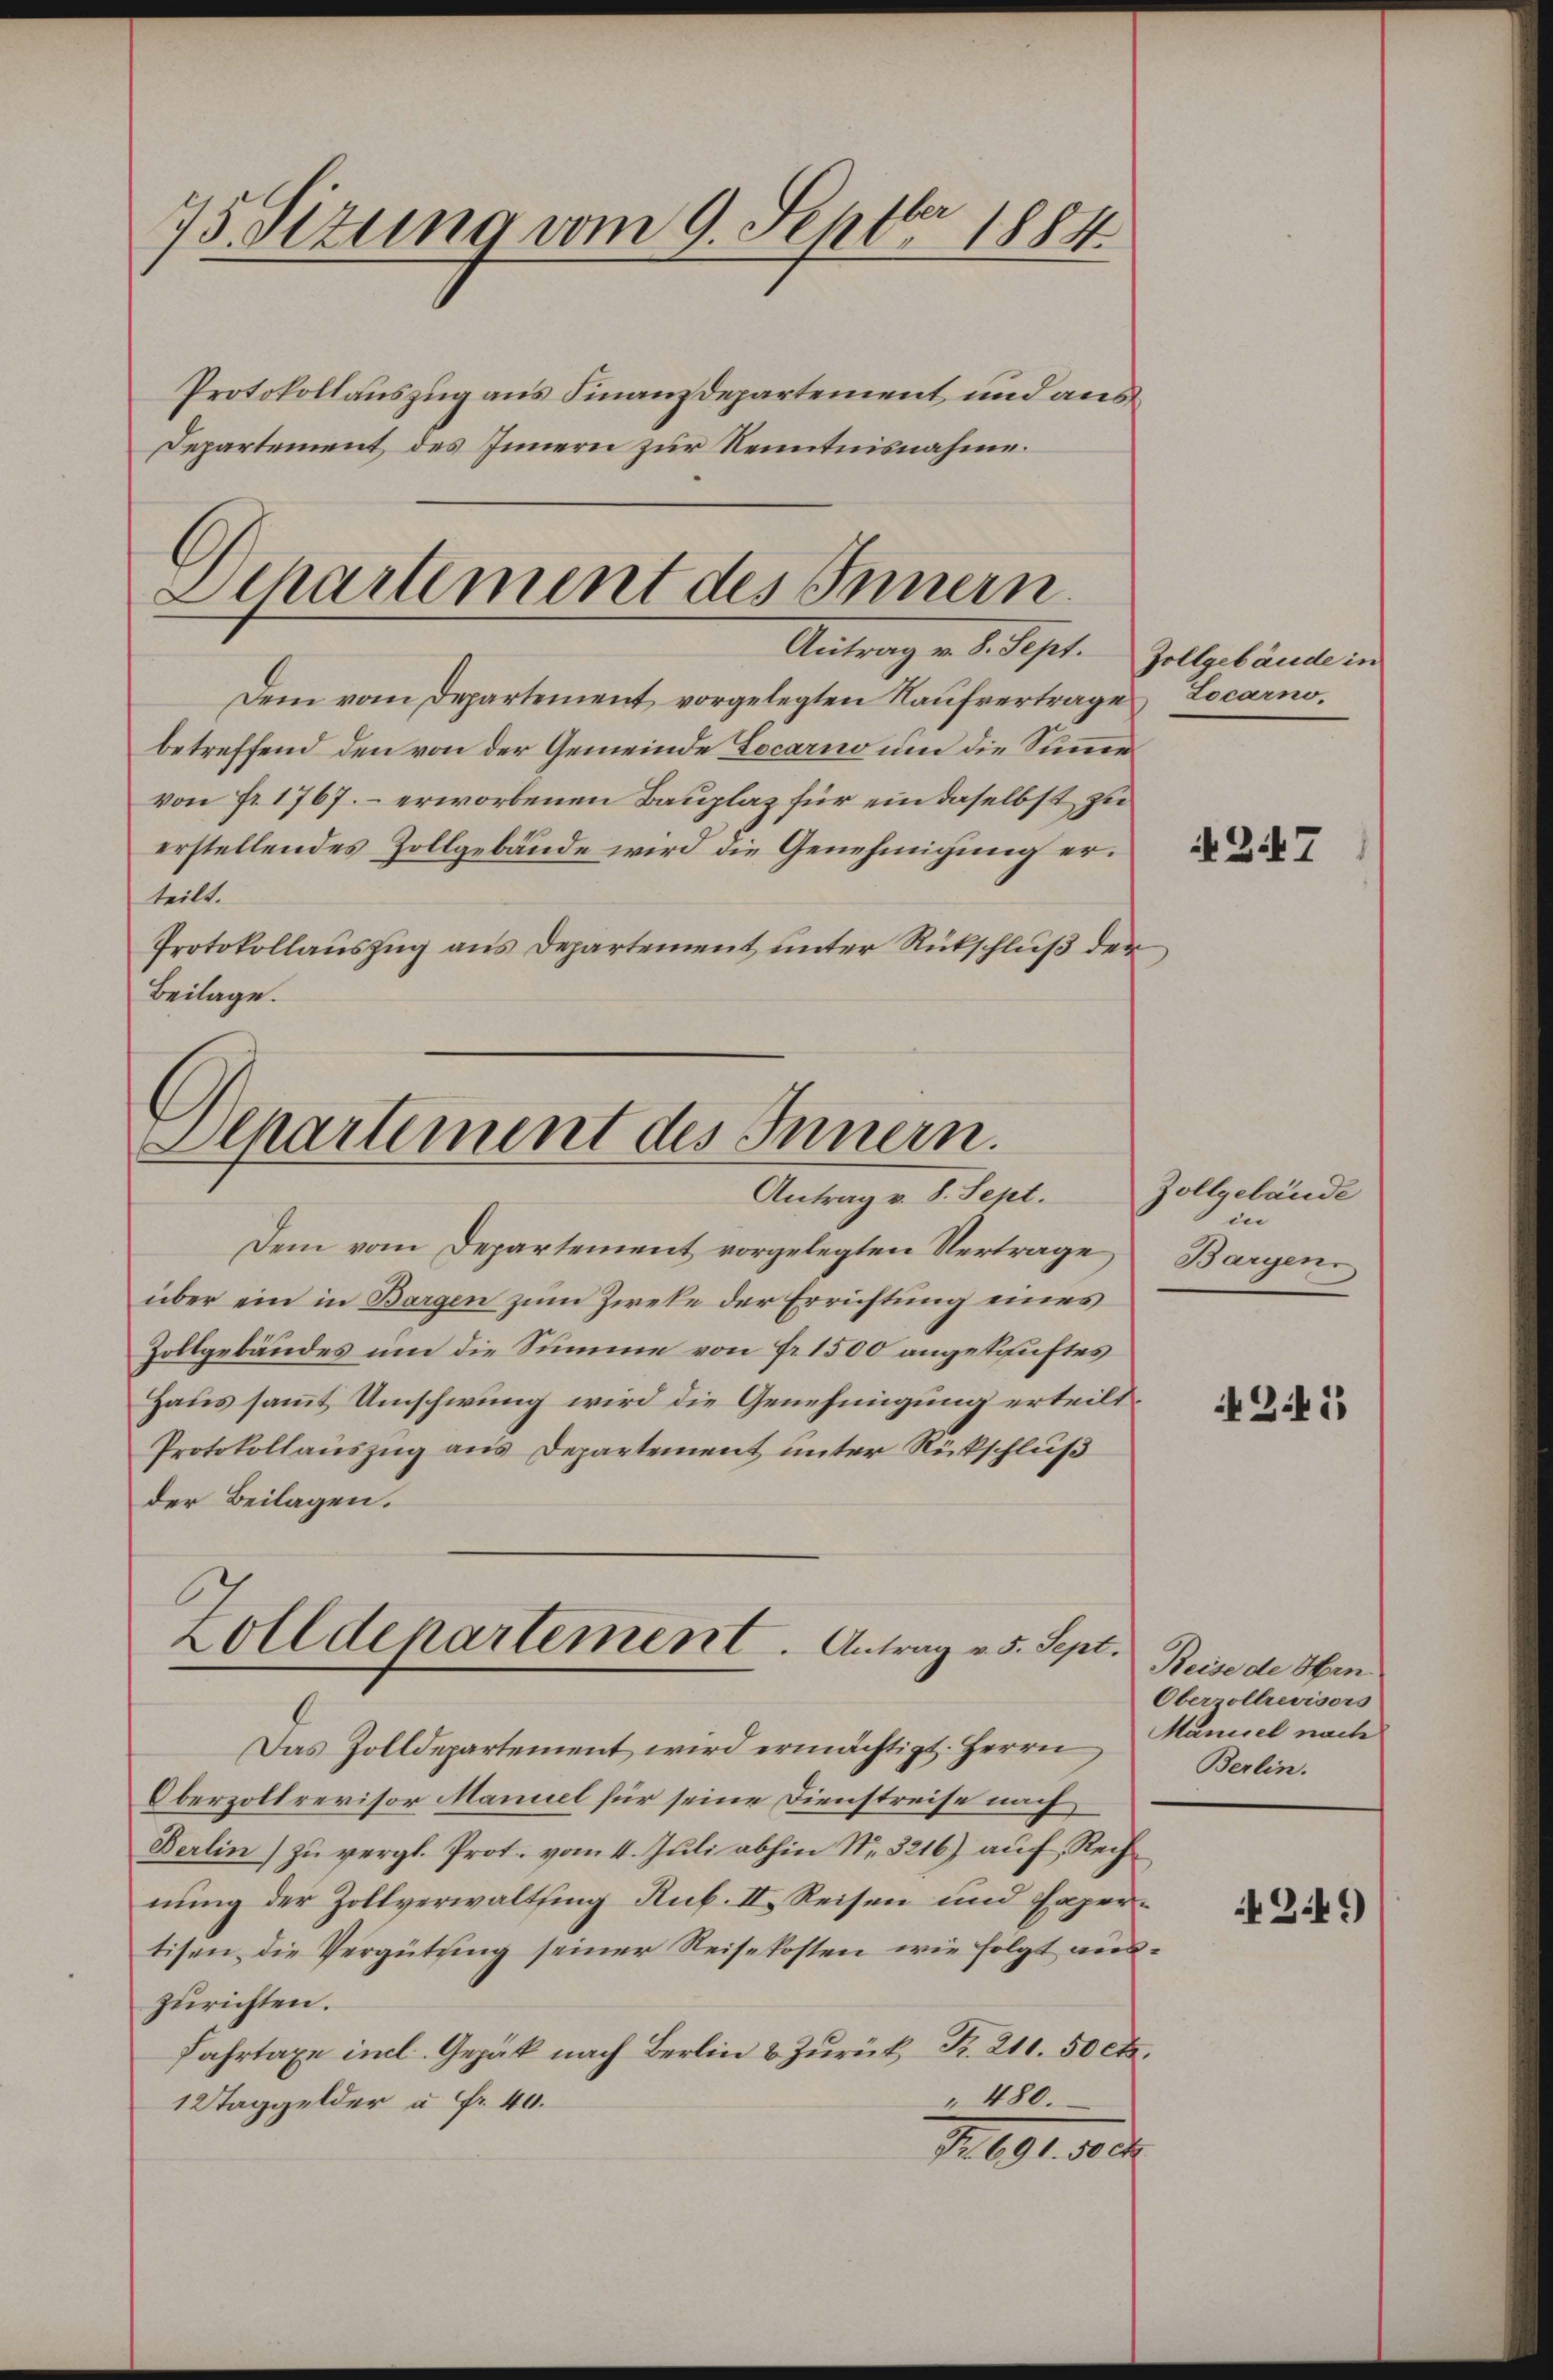
75. Sizung vom 9. Septbr 1884
Protokollauszug aus Finanzdepartement und aus¬

Departement des Innern zur Kenntnisnahme.

Departement des Innern.
Antrag v. 8. Sept. Zollgebäude in

Dem vom Departement vorgelegten Kaufvertrage
betreffend den von der Gemeinde Locarno um die Summe
von fr. 1767. – erworbenen Bauplaz für ein daselbst zu
erstellendes Zollgebäude wird die Genehmigung erteilt.
Protokollauszug aus Departement unter Rückschluß der
Beilage.

Alpartement des Innern.
Antrag v. 8. Sept.

Dem vom Departement vorgelegten Vertrage
über ein in Bargen zum Zweke der Errichtung eines
Zollgebäudes um die Summe von Fr. 1500 angetriftes
Haus samt Umschwung wird die Genehmigung erteilt.
Protokollauszug aus Departement unter Rückschluß
der Beilagen.
Das Zolldepartement wird ermächtigt. Herrn
Oberzollrevisor Maniel für seine Dienstreise nach
Berlin) zu vergl. Prot. vom 4. Juli abhin Nr. 3216) auf Rechnung der Zollverwaltsing Rub. II. Reisen und Expertisen die Vergütung seiner Reisekosten wie folgt aus
zurichten.
Fahrtaxe incl. Gepäck nach Berlin u Zŭrück R. 211. 50 cts.
" 480.
12 Taggelder à Fr. 40.
N. 69. 10.

Zolldepartement. Antrag v. 5. Sept.

Locarno,

NZ.7

Zollgelände
in
Bargen.

3.41)

Reise de Hen
Oberrollrevisors
Maniel nach
Berlin.

2.49)